Report on vaccination proceedings throughout the Government of Bengal -
Year: 1868
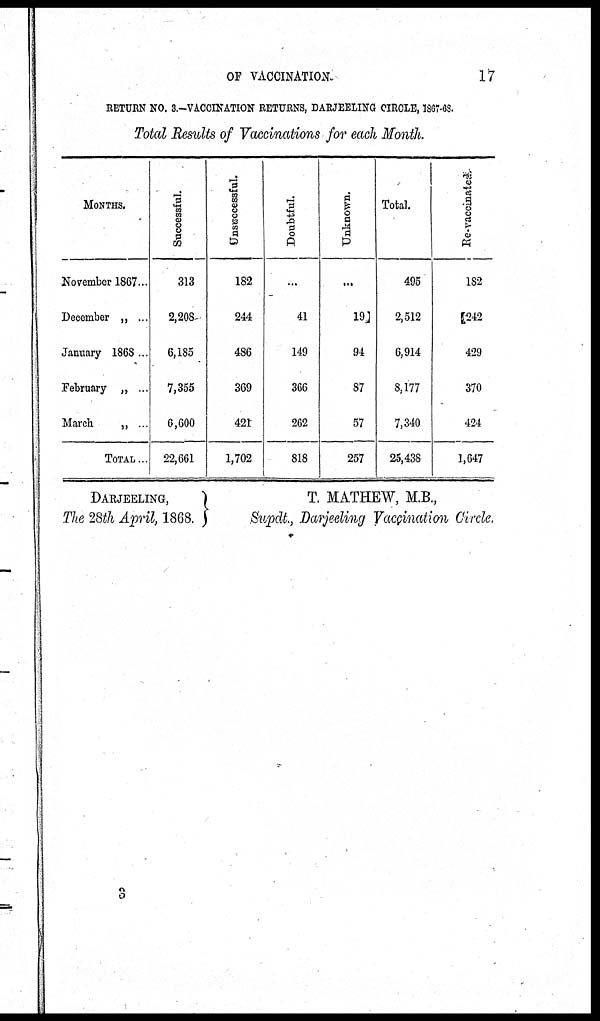
OF VACCINATION.
17
RETURN NO. 8.—VACCINATION RETURNS, DARJEELING CIRCLE, 1867-68.
Total Results of Vaccinations for each Month.
MONTHS.
November 1867...
December „ ...
January 1868 ...
February „ ...
March
„ ..
TOTAL..
Successful.
313
2,208
6,185
7,355
6,600
22,661
Unsuccessful.
182
244
486
369
421
1,702
Doubtful.
...
41
149
366
262
818
Unknown.
...
19
94
87
57
257
Total.
495
2,512
6,914
8,177
7,340
25,438
Re-vaccinated.
182
242
429
370
424
1,647
DARJEELING,
The 28th April, 1868.
T. MATHEW, M.B.,
Supdt., Darjeeling Vaccination Circle.
3